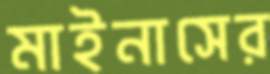
মাইনাসের